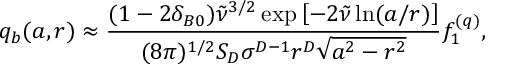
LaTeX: q _ { b } ( a , r ) \approx \frac { ( 1 - 2 \delta _ { B 0 } ) \tilde { \nu } ^ { 3 / 2 } \exp \left[ - 2 \tilde { \nu } \ln ( a / r ) \right] } { ( 8 \pi ) ^ { 1 / 2 } S _ { D } \sigma ^ { D - 1 } r ^ { D } \sqrt { a ^ { 2 } - r ^ { 2 } } } f _ { 1 } ^ { ( q ) } ,